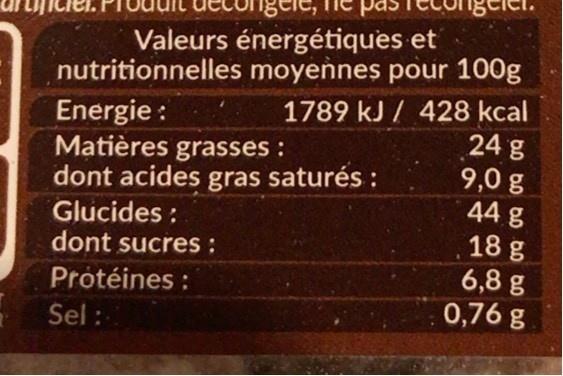
Valeurs énergétiques et
nutritionnelles moyennes pour 100g 1789 kJ / 428 kcal 24 g 9,0 g 44 g
Energie : Matières grasses : dont acides gras saturés : Glucides : dont sucres : Protéines : Sel :
18 g 6,8 g 0,76 g